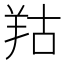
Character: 𦍩